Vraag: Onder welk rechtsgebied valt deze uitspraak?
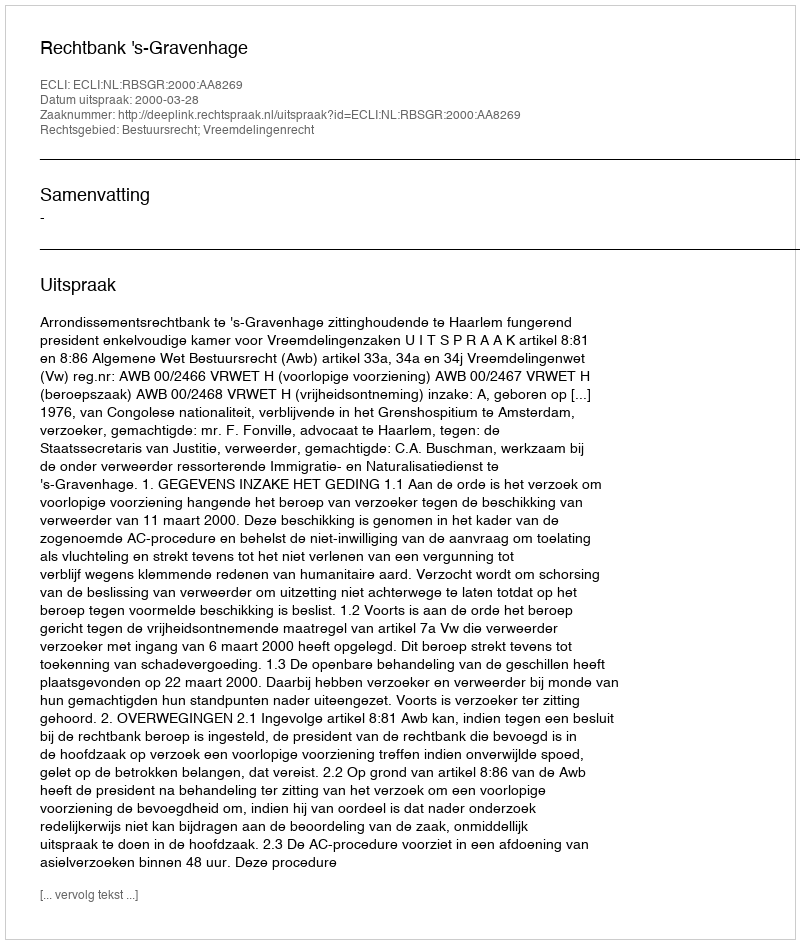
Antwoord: Bestuursrecht; Vreemdelingenrecht